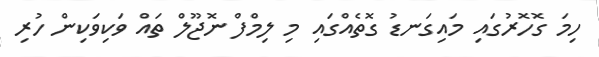
ހިމަ ގޮހޮރުގައި މައިގަނޑު ގޮތެއްގައި މި ލިމްފް ނޮޖޫލް ތައް ވަކިވަކިން ހުރި